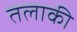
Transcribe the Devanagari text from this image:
तलाकी